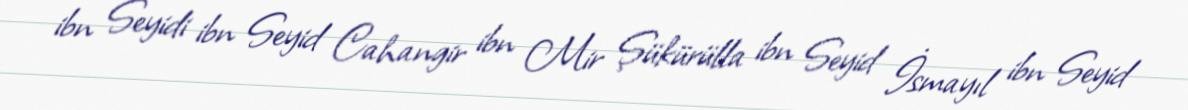
ibn Seyidi ibn Seyid Cahangir ibn Mir Şükürülla ibn Seyid İsmayıl ibn Seyid